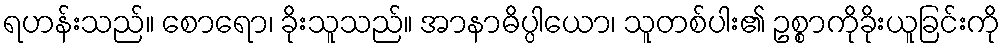
ရဟန်းသည်။ စောရော၊ ခိုးသူသည်။ အာနာဓိပ္ပါယော၊ သူတစ်ပါး၏ ဥစ္စာကိုခိုးယူခြင်းကို